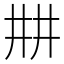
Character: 㐩